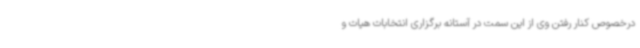
درخصوص کنار رفتن وی از این سمت در آستانه برگزاری انتخابات هیات و